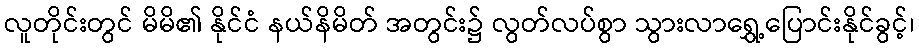
လူတိုင်းတွင် မိမိ၏ နိုင်ငံ နယ်နိမိတ် အတွင်း၌ လွတ်လပ်စွာ သွားလာရွှေ့ပြောင်းနိုင်ခွင့်၊